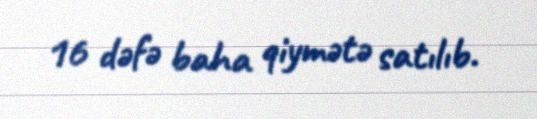
16 dəfə baha qiymətə satılıb.